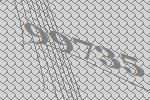
99735